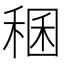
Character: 稛